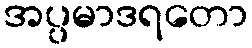
အပ္ပမာဒရတော